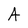
Character: A